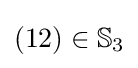
(12)\in \mathbb {S} _{3}